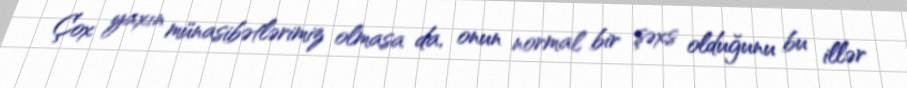
Çox yaxın münasibətlərimiz olmasa da, onun normal bir şəxs olduğunu bu illər